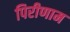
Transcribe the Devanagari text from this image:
पिरीणाम